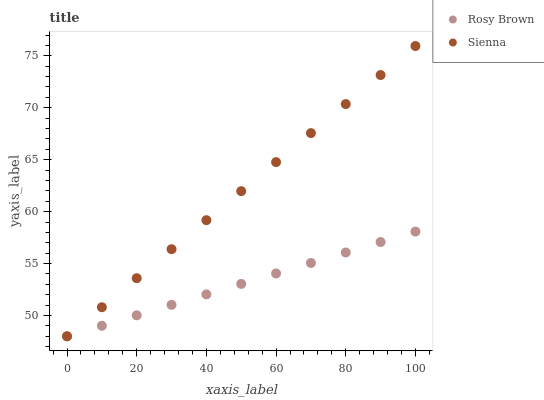
| xaxis_label | Rosy Brown | Sienna |
 | --- | --- | --- |
 | 0 | 48 | 48 |
 | 10 | 49 | 50.8 |
 | 20 | 50 | 53.6 |
 | 30 | 51 | 56.4 |
 | 40 | 52 | 59.2 |
 | 50 | 53 | 62 |
 | 60 | 54 | 64.8 |
 | 70 | 55.1 | 67.6 |
 | 80 | 56.1 | 70.4 |
 | 90 | 57.1 | 73.1 |
 | 100 | 58.1 | 75.9 |